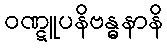
ဝဏ္ဋူပနိဗန္ဓနာနိ